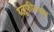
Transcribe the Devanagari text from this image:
ब्लूफील्डस